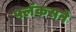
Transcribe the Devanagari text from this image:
फ्लॅकसने